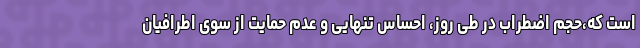
است که،حجم اضطراب در طی روز، احساس تنهایی و عدم حمایت از سوی اطرافیان